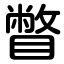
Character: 瞥